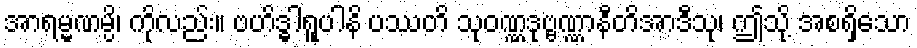
အာရမ္မဏမ္ပိ၊ ကိုလည်း။ ဗဟိဒ္ဓါရူပါနိ ပဿတိ သုဝဏ္ဏဒုဗ္ဗဏ္ဏာနီတိအာဒီသု၊ ဤသို့ အစရှိသော